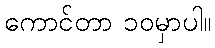
ကောင်တာ ၁၀မှာပါ။